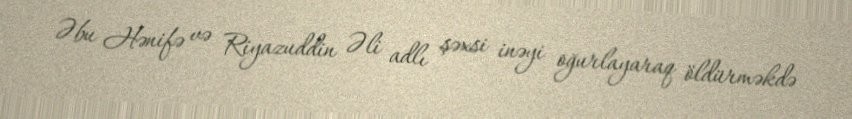
Əbu Hənifə və Riyazuddin Əli adlı şəxsi inəyi oğurlayaraq öldürməkdə